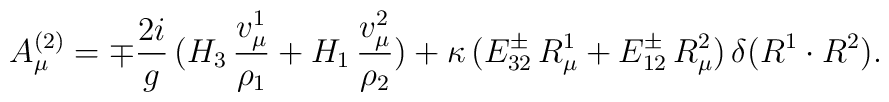
A_\mu^{(2)} =\mp{2i\over g}\,(H_3\,{v_\mu^1\over\rho_1}+H_1\,{v_\mu^2\over\rho_2})+\kappa\,(E_{32}^\pm\,R^1_\mu+E_{12}^\pm\,R^2_\mu)\,\delta(R^1\cdot R^2).